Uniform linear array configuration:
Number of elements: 4
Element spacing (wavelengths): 0.5
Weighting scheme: kaiser
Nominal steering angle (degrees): -45
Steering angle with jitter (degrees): -46.892
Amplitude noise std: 0.05
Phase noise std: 0.05

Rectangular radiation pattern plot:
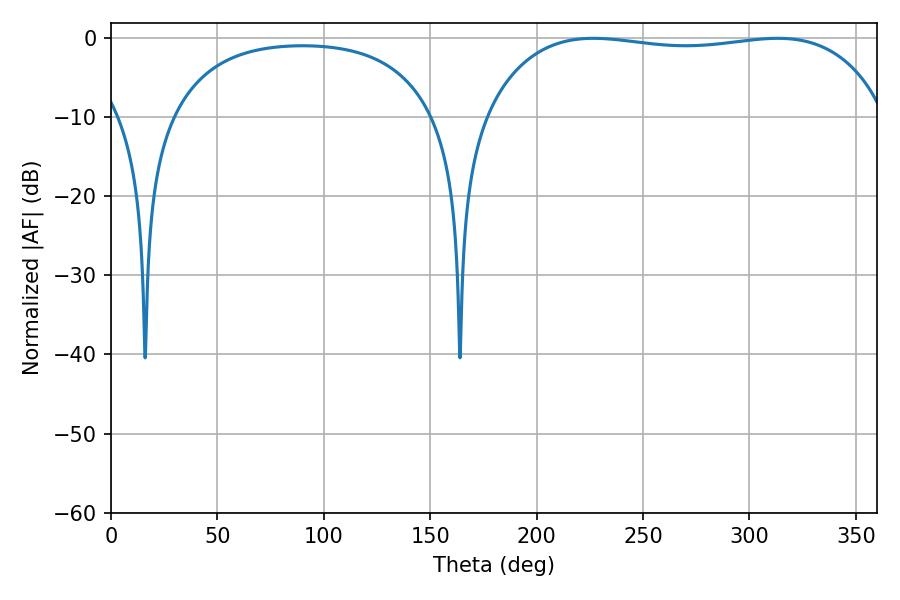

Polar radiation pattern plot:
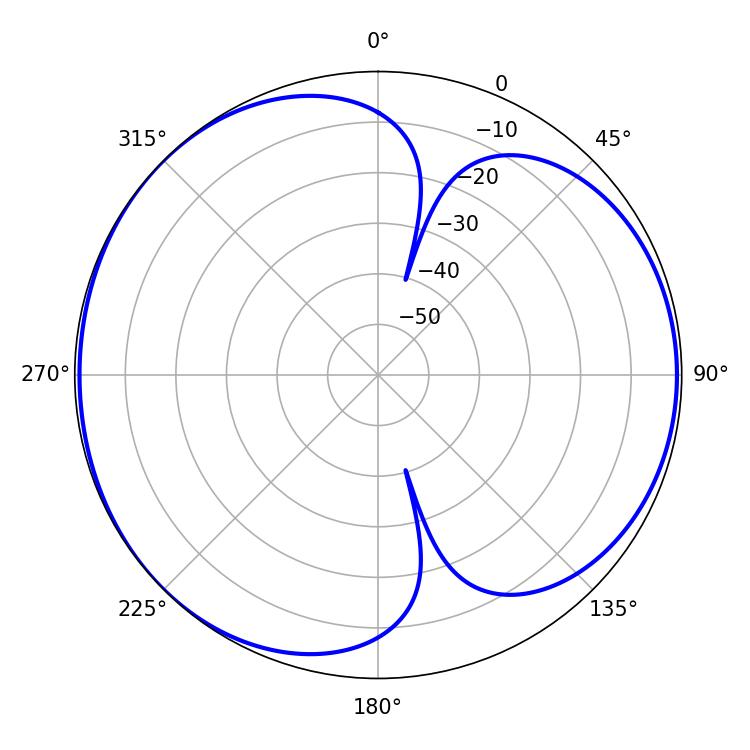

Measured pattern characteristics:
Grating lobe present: FALSE
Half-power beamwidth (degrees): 150.84
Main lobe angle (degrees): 226.62